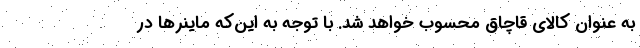
به عنوان کالای قاچاق محسوب خواهد شد. با توجه به این‌که ماینر‌ها در